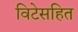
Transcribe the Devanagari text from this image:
विटेसहित